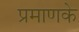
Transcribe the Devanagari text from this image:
प्रमाणके